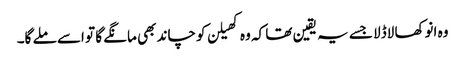
وہ انوکھا لاڈلا جسے یہ یقین تھا کہ وہ کھیلن کو چاند بھی مانگے گا تو اسے ملے گا۔